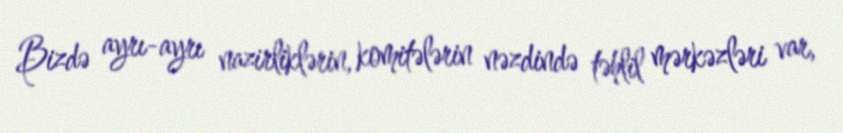
Bizdə ayrı-ayrı nazirliklərin, komitələrin nəzdində təhlil mərkəzləri var,